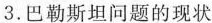
3.巴勒斯坦问题的现状